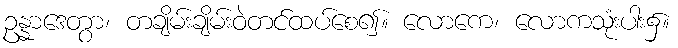
ဥန္နာဒေတွာ၊ တချိမ်းချိမ်းဝဲတင်ထပ်စေ၍။ လောကေ၊ လောကသုံးပါး၌။